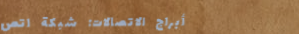
أبراج الاتصالات: شبكة اتص